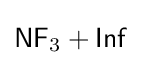
{\mathsf {NF}}_{3}+{\mathsf {Inf}}